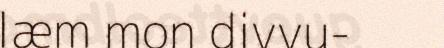
læm mon divvu-